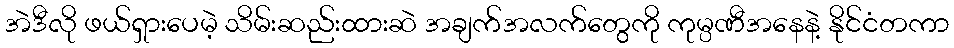
အဲဒီလို ဖယ်ရှားပေမဲ့ သိမ်းဆည်းထားဆဲ အချက်အလက်တွေကို ကုမ္ပဏီအနေနဲ့ နိုင်ငံတကာ